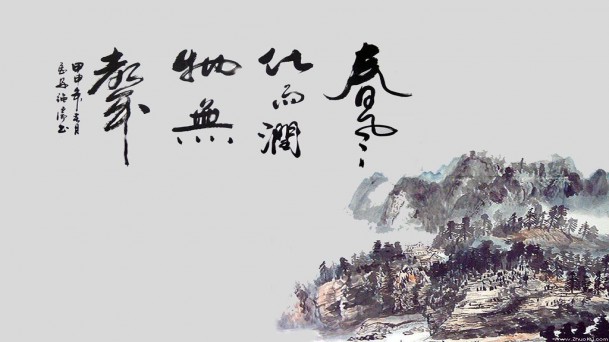
佳游不可得，春风惜远别。